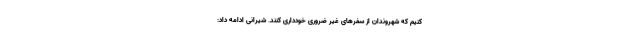
کنیم که شهروندان از سفرهای غیر ضروری خودداری کنند. شیرانی ادامه داد:‌